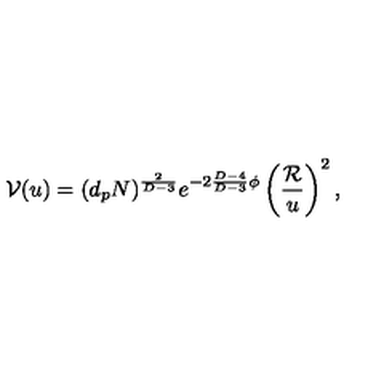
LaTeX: { \cal V } ( u ) = ( d _ { p } N ) ^ { \frac { 2 } { D - 3 } } e ^ { - 2 { \frac { D - 4 } { D - 3 } } \phi } \left( { \frac { \cal R } { u } } \right) ^ { 2 } ,